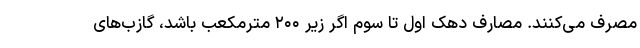
مصرف می‌کنند. مصارف دهک اول تا سوم اگر زیر ۲۰۰ مترمکعب باشد، گازب‌های